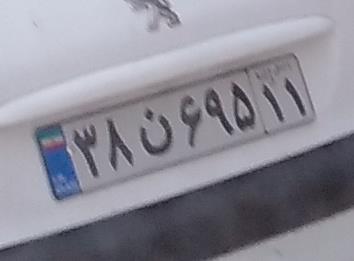
۳۸ن۶۹۵۱۱